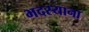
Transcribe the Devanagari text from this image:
भदस्याना